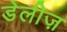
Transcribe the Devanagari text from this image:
डेलीज़